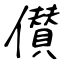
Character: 儧